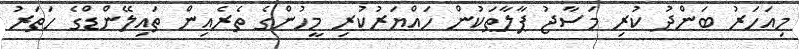
މިއަހަރު ބަންދު ކުރި މަސާޖު ޕާލާތަކުން ހައްޔަރުކުރި މީހުންގެ ތެރެއިން ތައިލޭންޑްގެ ހަތަރު